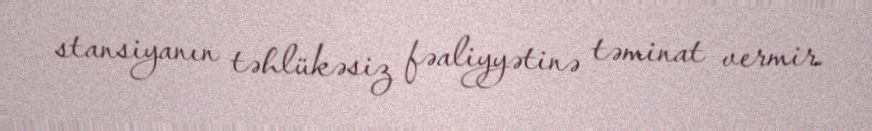
stansiyanın təhlükəsiz fəaliyyətinə təminat vermir.